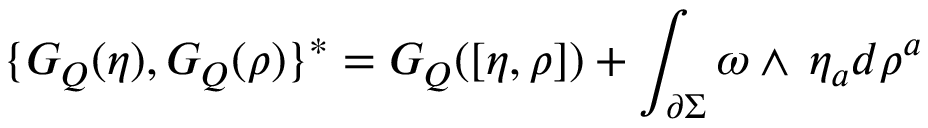
\{ G _ { Q } ( \eta ) , G _ { Q } ( \rho ) \} ^ { * } = G _ { Q } ( [ \eta , \rho ] ) + \int _ { \partial \Sigma } \omega \mathrm { \tiny ~ \wedge \, ~ } \eta _ { a } d \rho ^ { a }